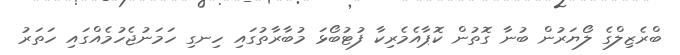
ބްރެޒިލްގެ ލޯޔަރުން ބުނާ ގޮތުން ކޮޕާއެމެރިކާ ފުޓުބޯޅަ މުބާރާތުގައި ހިނގި ހަމަނުޖެހުމެއްގައި ހަތަރު